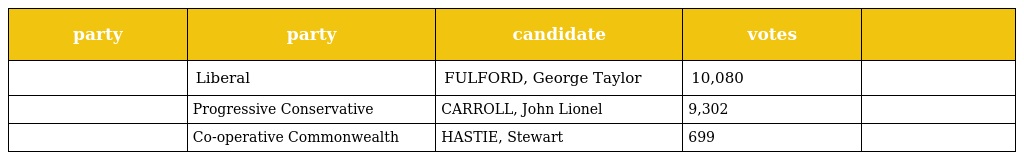
| party | party | candidate | votes |  |
 | --- | --- | --- | --- | --- |
 |  | Liberal | FULFORD, George Taylor | 10,080 |  |
 |  | Progressive Conservative | CARROLL, John Lionel | 9,302 |  |
 |  | Co-operative Commonwealth | HASTIE, Stewart | 699 |  |